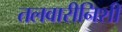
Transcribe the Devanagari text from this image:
तलवारीनिशी